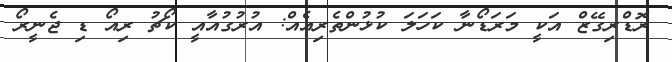
ރޮޑްރިގޭޒް އަކީ މަރަޑޯނާ ކަހަލަ ކުޅުންތެރިއެއް: އުރުގުއާއީ ކޯޗު ރިއޯ ޑި ޖެނީރޯ